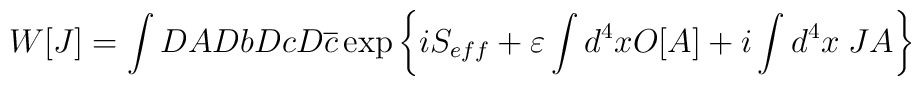
W[J]=\int DADbDcD\overline{c}\exp \left\{ iS_{eff}+\varepsilon \int d^{4}xO[A]+i\int d^{4}x\; JA\right\}